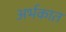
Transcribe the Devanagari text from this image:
अर्भकात